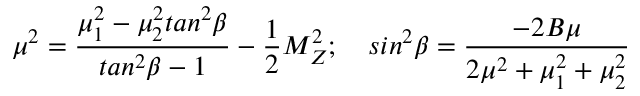
\mu ^ { 2 } = \frac { \mu _ { 1 } ^ { 2 } - \mu _ { 2 } ^ { 2 } t a n ^ { 2 } \beta } { t a n ^ { 2 } \beta - 1 } - \frac { 1 } { 2 } M _ { Z } ^ { 2 } ; ~ ~ ~ s i n ^ { 2 } \beta = \frac { - 2 B \mu } { 2 \mu ^ { 2 } + \mu _ { 1 } ^ { 2 } + \mu _ { 2 } ^ { 2 } }